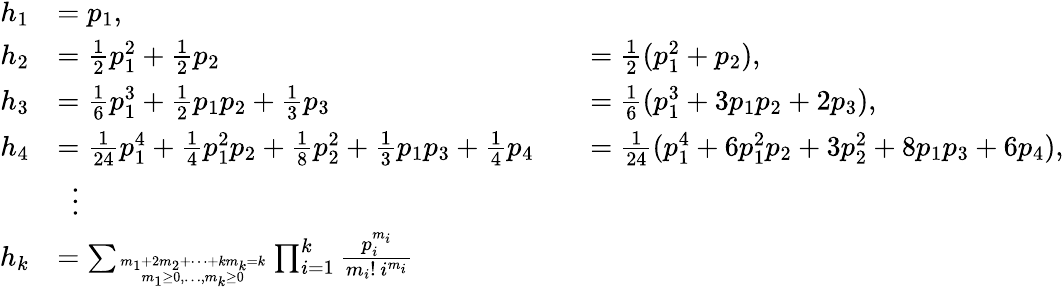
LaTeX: {\begin{array}{rlrl}{h_{1}}&{=p_{1},}\\ {h_{2}}&{=\textstyle{\frac{1}{2}}p_{1}^{2}+{\frac{1}{2}}p_{2}}&&{=\textstyle{\frac{1}{2}}(p_{1}^{2}+p_{2}),}\\ {h_{3}}&{=\textstyle{\frac{1}{6}}p_{1}^{3}+{\frac{1}{2}}p_{1}p_{2}+{\frac{1}{3}}p_{3}}&&{=\textstyle{\frac{1}{6}}(p_{1}^{3}+3p_{1}p_{2}+2p_{3}),}\\ {h_{4}}&{=\textstyle{\frac{1}{24}}p_{1}^{4}+{\frac{1}{4}}p_{1}^{2}p_{2}+{\frac{1}{8}}p_{2}^{2}+{\frac{1}{3}}p_{1}p_{3}+{\frac{1}{4}}p_{4}}&&{=\textstyle{\frac{1}{24}}(p_{1}^{4}+6p_{1}^{2}p_{2}+3p_{2}^{2}+8p_{1}p_{3}+6p_{4}),}\\ &{~~\vdots}\\ {h_{k}}&{=\sum_{m_{1}+2m_{2}+\cdots+km_{k}=k\atop m_{1}\geq 0,\ldots,m_{k}\geq 0}\prod_{i=1}^{k}{\frac{p_{i}^{m_{i}}}{m_{i}!\, i^{m_{i}}}}}\end{array}}